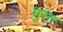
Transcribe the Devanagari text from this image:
मुरत